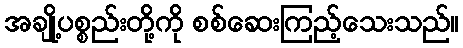
အချို့ပစ္စည်းတို့ကို စစ်ဆေးကြည့်သေးသည်။